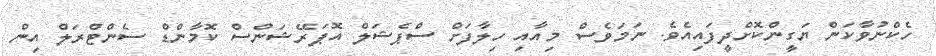
ހެކްނުވާކަން ޔަގީންކޮށްދީފައިއެވެ. ނަމަވެސް މިއާއި ހިލާފަށް ސްޕެޝަލް އޮޕަރޭޝަންސް ކޮމާންޑް ސެންޓްރަލް އިން